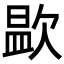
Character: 𭭑